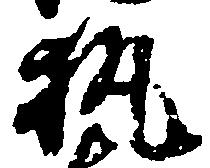
執